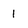
Character: 1